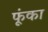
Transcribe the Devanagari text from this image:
फंूका